Lunatic asylums Central Provinces reports 1886-1894 - 1886-1894
Year: 1886
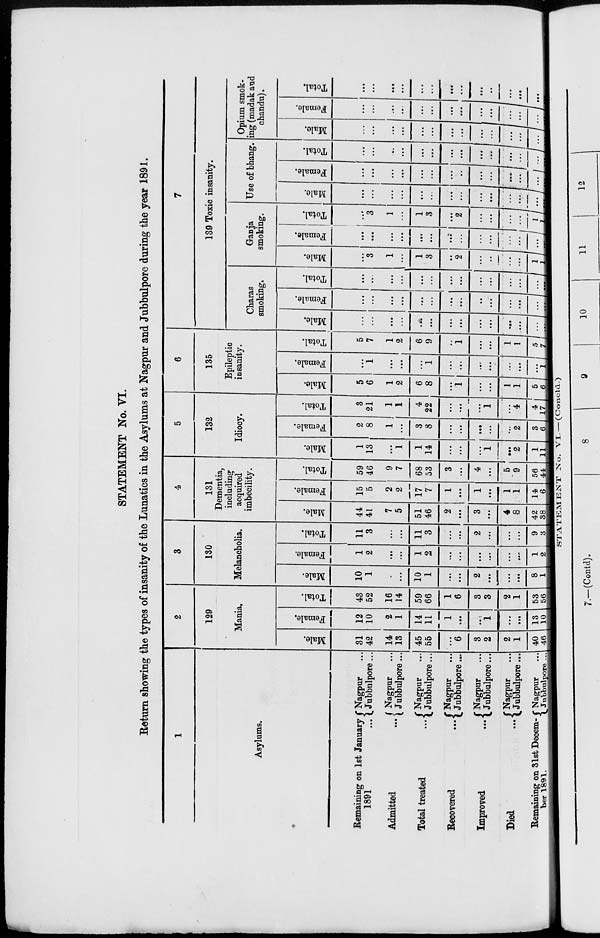
STATEMENT No. VI.
Return showing the types of insanity of the Lunatics in the Asylums at Nagpur and Jubbulpore during the year 1891.
1
Asylums.
Remaining on 1st January
1891
...
Admitted
...
Total treated
...
Recovered
...
Improved
...
Died
...
Remaining on 31st Decem-
ber 1891.
Nagpur ...
Jubbulpore ...
Nagpur ...
Jubbulpore ...
Nagpur ...
Jubbulpore ...
Nagpur ...
Jubbulpore ...
Nagpur ...
Jubbulpore...
Nagpur ...
Jubbulpore ...
Nagpur ...
Jubbulpore ...
2
129
Mania.
Male.
31
42
14
13
45
55
...
6
3
2
2
1
40
46
Female.
12
10
2
1
14
11
1
...
...
1
...
...
13
10
Total.
43
52
16
14
59
66
1
6
3
3
2
1
53
56
3
130
Melancholia.
Male.
10
1
...
...
10
1
...
...
2
...
...
...
8
1
Female.
1
2
...
...
1
2
...
...
...
...
...
...
1
2
Total.
11
3
...
...
11
3
...
...
2
...
...
...
9
3
4
131
Dementia,
including
acquired
imbecility.
Male.
44
41
7
5
51
46
2
...
3
...
4
8
42
38
Female.
15
5
2
2
17
7
1
...
1
...
1
1
14
6
Total.
59
46
9
7
68
53
3
...
4
...
5
9
56
44
5
132
Idiocy.
Male.
1
13
...
1
1
14
...
...
...
1
...
2
1
11
Female.
2
8
1
...
3
8
...
...
...
...
...
2
3
6
Total.
3
21
1
1
4
22
...
...
...
1
...
4
4
17
6
135
Epileptic
insanity.
Male.
5
6
1
2
6
8
...
1
...
...
1
1
5
6
Female.
...
1
...
...
...
1
...
...
...
...
...
...
...
1
Total.
5
7
1
2
6
9
...
1
...
...
1
1
5
7
7
139 Toxic insanity.
Charas
smoking.
Male.
...
...
...
...
...
...
...
...
...
...
...
...
...
...
Female.
...
...
...
...
...
...
...
...
...
...
...
...
...
...
Total.
...
...
...
...
...
...
...
...
...
...
...
...
...
...
Ganja
smoking.
Male.
...
3
1
...
1
3
...
2
...
...
...
...
1
1
Female.
...
...
...
...
...
...
...
...
...
...
...
...
...
...
Total.
...
3
1
...
1
3
...
2
...
...
...
...
1 1
Use of bhang.
Male.
...
...
...
...
...
...
...
...
...
...
...
...
...
...
Female.
...
...
...
...
...
...
...
...
...
...
...
...
...
...
Total.
...
...
...
...
...
...
...
...
...
...
...
...
...
...
Opium smok-
ing (madak and
chandu).
Male.
...
...
...
...
...
...
...
...
...
...
...
...
...
...
Female.
...
...
...
...
...
...
...
...
...
...
...
...
...
...
Total.
...
...
...
...
...
...
...
...
...
...
...
...
...
...